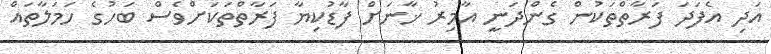
އަދި އެފަދަ ފަރާތްތަކުން ގެންދަނީ އާމިރު ޚާނަށް ފާޑުކިޔާ ފަރާތްތަކަށްވެސް ބަހުގެ ހަމަލާތައް